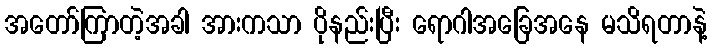
အတော်ကြာတဲ့အခါ အားကသာ ပိုနည်းပြီး ရောဂါအခြေအနေ မသိရတာနဲ့